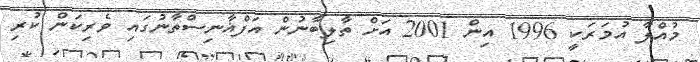
މުއްލާ އުމަރަކީ 1996 އިން 2001 އަށް ތާލިބާނުން އަފްޣާނިސްތާނުގައި ވެރިކަން ކުރި